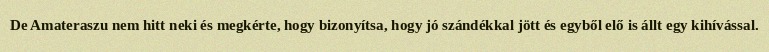
De Amateraszu nem hitt neki és megkérte, hogy bizonyítsa, hogy jó szándékkal jött és egyből elő is állt egy kihívással.